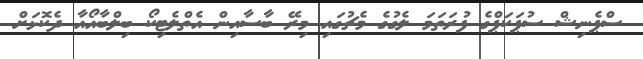
ސްޕެނިޝް ސުޕަކަޕްގެ ފުރަތަަމަ ލެގުގެ މެޗުގައި މިރޭ ބާސާއިން އެތްލެޓިކޯ ބިލްބާއޯއާ ދެކޮޅަށް